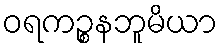
ဝရကဉ္စနဘူမိယာ